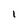
Character: 1